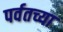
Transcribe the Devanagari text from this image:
पर्वतच्या